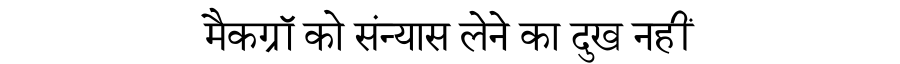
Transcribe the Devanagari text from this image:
मैकग्रॉ को संन्यास लेने का दुख नहीं